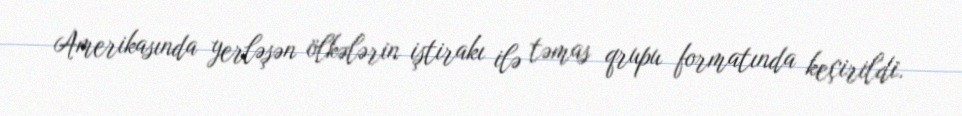
Amerikasında yerləşən ölkələrin iştirakı ilə təmas qrupu formatında keçirildi.